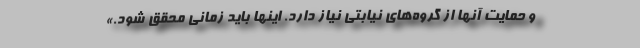
و حمایت آنها از گروه‌های نیابتی نیاز دارد. اینها باید زمانی محقق شود.»